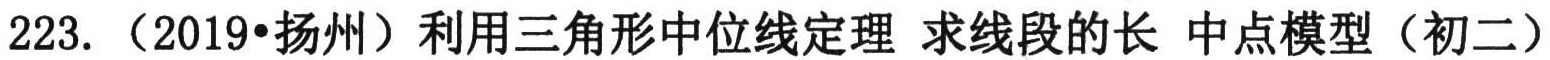
223.（2019•扬州）利用三角形中位线定理 求线段的长 中点模型（初二）